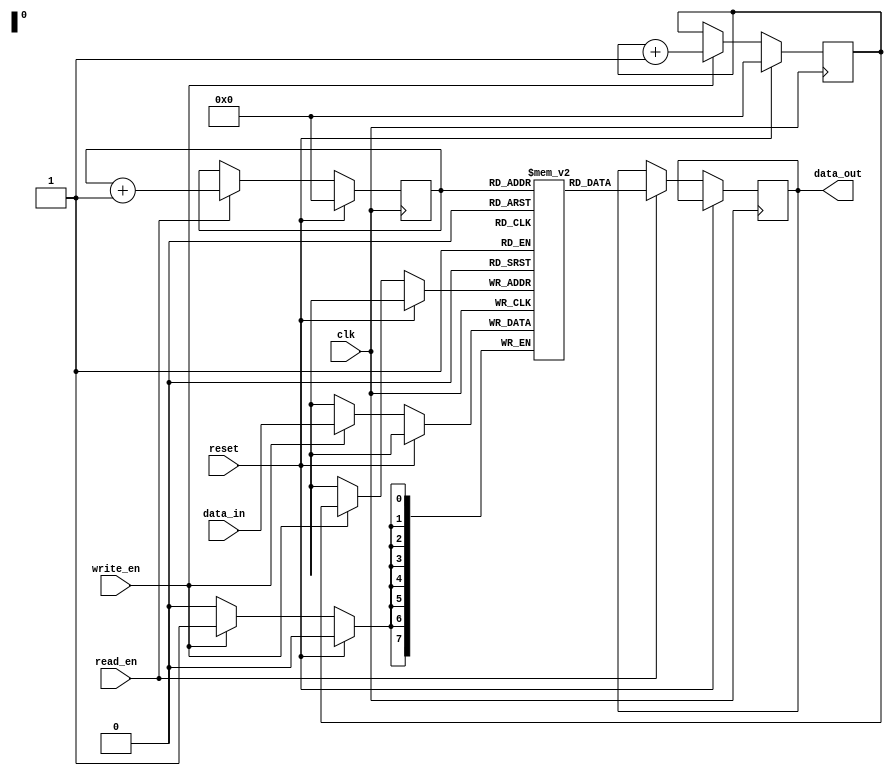
module sync_fifo (
    input wire clk,
    input wire reset,
    input wire write_en,
    input wire read_en,
    input wire [7:0] data_in,
    output reg [7:0] data_out
);

reg [7:0] memory [0:255];
reg [7:0] read_ptr, write_ptr;

always @(posedge clk) begin
    if (reset) begin
        read_ptr <= 0;
        write_ptr <= 0;
    end else begin
        if (write_en) begin
            memory[write_ptr] <= data_in;
            write_ptr <= write_ptr + 1;
        end
        
        if (read_en) begin
            data_out <= memory[read_ptr];
            read_ptr <= read_ptr + 1;
        end
    end
end

endmodule